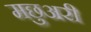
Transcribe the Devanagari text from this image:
मछुअरी